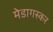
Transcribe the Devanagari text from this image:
मेडागस्कर